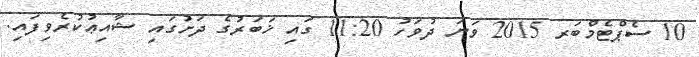
10 ސެޕްޓެމްބަރ 2015 ވަނަ ދުވަހު 11:20 ގައި ޚަބަރުގެ ދަށުގައި ޝާއިޢުކުރެވިފައި.